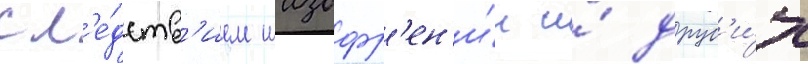
сл'е́дств'ием шизофр'ен'и́и и́ друг'и́х